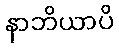
နာဘိယာပိ